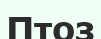
Птоз